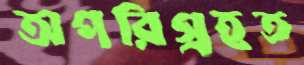
অপরিগ্রহত